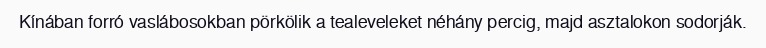
Kínában forró vaslábosokban pörkölik a tealeveleket néhány percig, majd asztalokon sodorják.